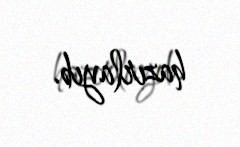
hazırlayıb.